Civil Veterinary Department. United Provinces 1923-31 - 1923-1931
Year: 1923
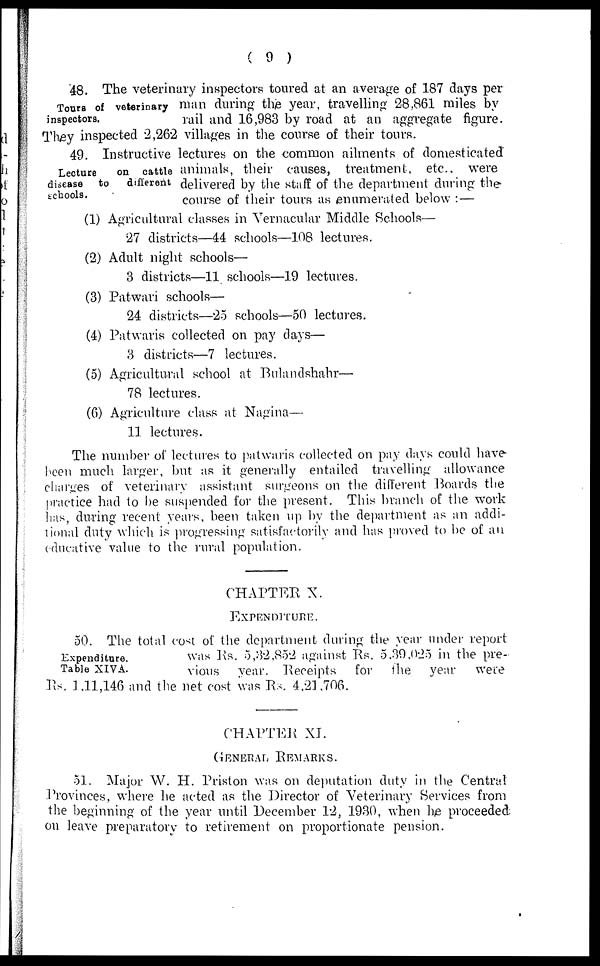
( 9 )
Tours of veterinary
inspectors.
48. The veterinary inspectors toured at an average of 187 days per
man during the year, travelling 28,861 miles by
rail and 16,983 by road at an aggregate figure.
They inspected 2,262 villages in the course of their tours.
Lecture
on cattle
disease to
different
schools.
49. Instructive lectures on the common ailments of domesticated
animals, their causes, treatment, etc. were
delivered by the staff of the department during the
course of their tours as enumerated below :—
(1) Agricultural classes in Vernacular Middle Schools—
27 districts—44 schools—108 lectures.
(2) Adult night schools—
3 districts—11 schools—19 lectures.
(3) Patwari schools—
24 districts—25 schools—50 lectures.
(4) Patwaris collected on pay days—
3 districts—7 lectures.
(5) Agricultural school at Bulandshahr—
78 lectures.
(6) Agriculture class at Nagina—
11 lectures.
The number of lectures to patwaris collected on pay days could have-
been much larger, but as it generally entailed travelling allowance
charges of veterinary assistant surgeons on the different Boards the
practice had to be suspended for the present. This branch of the work
has, during recent years, been taken up by the department as an addi-
tional duty which is progressing satisfactorily and has proved to be of an
educative value to the rural population.
CHAPTER X.
EXPENDITURE.
Expenditure.
Table XIVA.
50. The total cost of the department during the year under report
was Rs. 5,32,852 against Rs. 5,39,025 in the pre-
vious year. Receipts for the year were
Rs. 3,11,146 and the net cost was Rs. 4,21,706.
CHAPTER XI.
GENERAL REMARKS.
51. Major W. H. Priston was on deputation duty in the Central
Provinces, where he acted as the Director of Veterinary Services from
the beginning of the year until December 12, 1930, when he proceeded
on leave preparatory to retirement on proportionate pension.